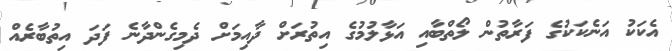
އެކަކު އަނެކަކުގެ ފަރާތުން ލޯތްބާއި އަޅާލުމުގެ އިތުރަށް ދާއިމަށް ދެމިގެންދާނެ ފަދަ އިތުބާރެއް